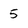
Character: 5